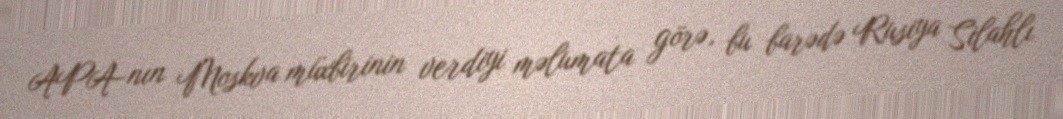
APA-nın Moskva müxbirinin verdiyi məlumata görə, bu barədə Rusiya Silahlı